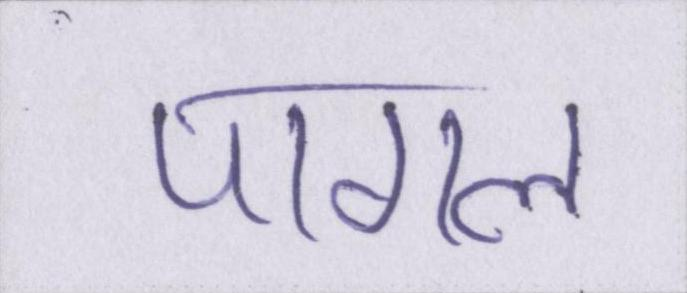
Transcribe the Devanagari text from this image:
पागल